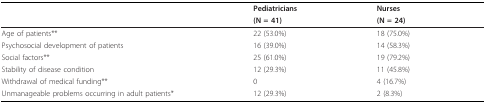
|  | Pediatricians | Nurses |
 |  | (N = 41) | (N = 24) |
 | --- | --- | --- |
 | Age of patients** | 22 (53.0%) | 18 (75.0%) |
 | Psychosocial development of patients | 16 (39.0%) | 14 (58.3%) |
 | Social factors** | 25 (61.0%) | 19 (79.2%) |
 | Stability of disease condition | 12 (29.3%) | 11 (45.8%) |
 | Withdrawal of medical funding** | 0 | 4 (16.7%) |
 | Unmanageable problems occurring in adult patients* | 12 (29.3%) | 2 (8.3%) |